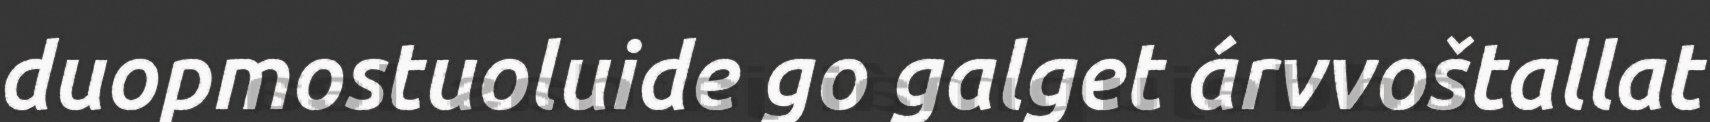
duopmostuoluide go galget árvvoštallat